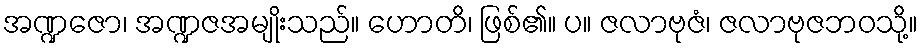
အဏ္ဍဇော၊ အဏ္ဍဇအမျိုးသည်။ ဟောတိ၊ ဖြစ်၏။ ပ။ ဇလာဗုဇံ၊ ဇလာဗုဇဘဝသို့။